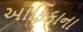
આફિકાના